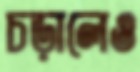
চড়ালেও